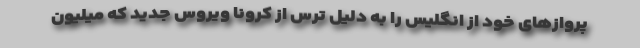
پروازهای خود از انگلیس را به دلیل ترس از کرونا ویروس جدید که میلیون